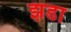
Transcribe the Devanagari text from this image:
झडा